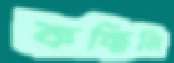
কচ্ছিলি